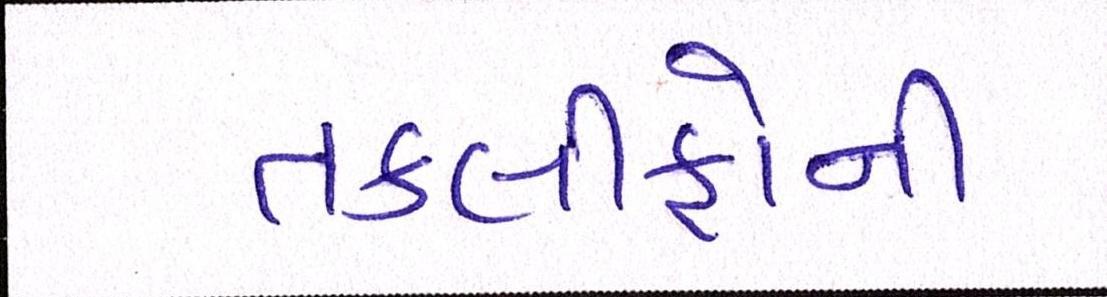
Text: તકલીફોની